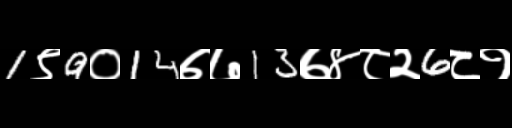
Text: 1९9०14७७13७४८२6८१